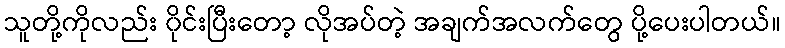
သူတို့ကိုလည်း ၀ိုင်းပြီးတော့ လိုအပ်တဲ့ အချက်အလက်တွေ ပို့ပေးပါတယ်။